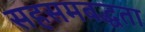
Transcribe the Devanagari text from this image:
सहसमबद्धता